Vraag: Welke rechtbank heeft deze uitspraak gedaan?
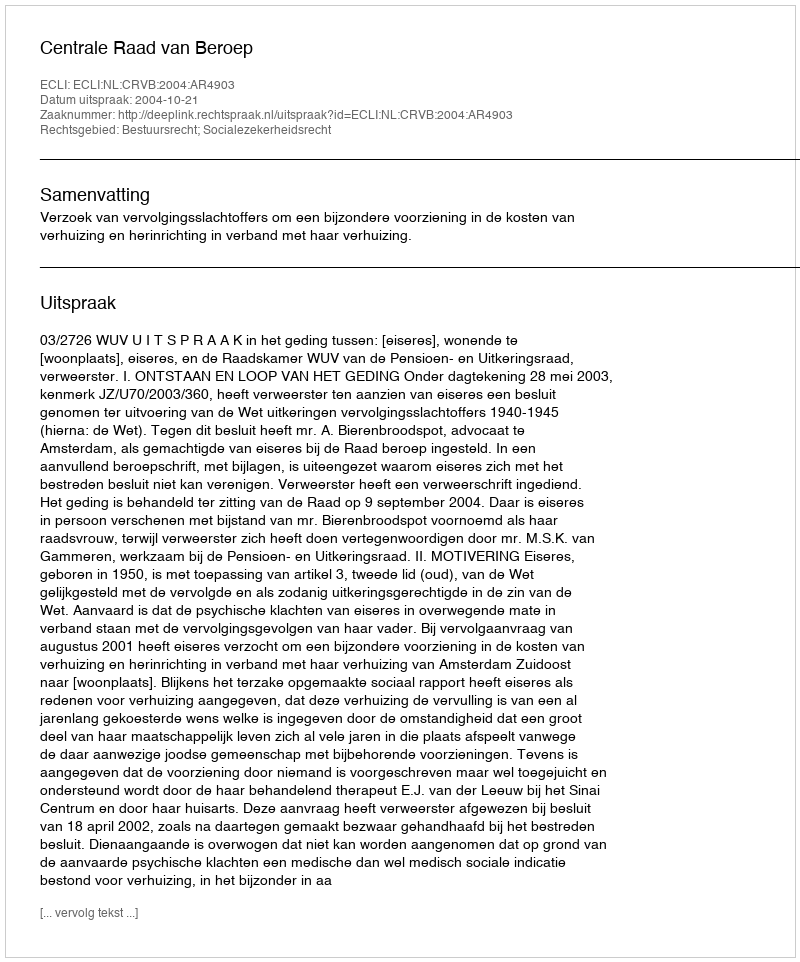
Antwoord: Centrale Raad van Beroep